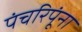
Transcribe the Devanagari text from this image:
पंचरिपूंना